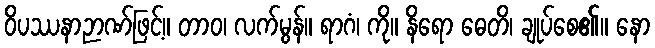
ဝိပဿနာဉာဏ်ဖြင့်။ တာဝ၊ လက်မွန်။ ရာဂံ၊ ကို။ နိရော ဓေတိ၊ ချုပ်စေ၏။ နော